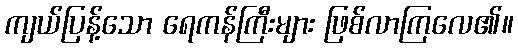
ကျယ်ပြန့်သော ရေကန်ကြီးများ ဖြစ်လာကြလေ၏။